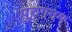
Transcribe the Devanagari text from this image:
पुरुगनम